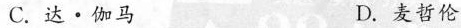
C.达·伽马 D.麦哲伦